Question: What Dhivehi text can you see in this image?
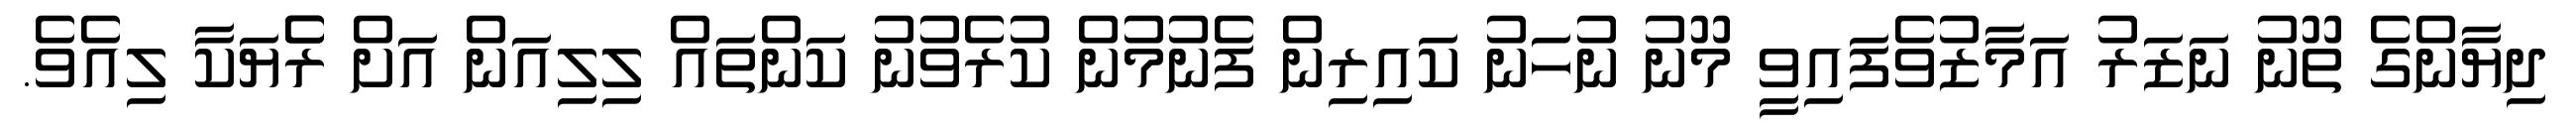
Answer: ދިޔާންގެ ތޫނު ނަޒަރު އަމާޒުވެފައިވީ މޫނު ނުހަނު ކައިރިން ފެނުމުން ކުރެވުނު ކަންތައް ލިލިއަން އަށް ރެެޔަކާ ލިއެވެ.